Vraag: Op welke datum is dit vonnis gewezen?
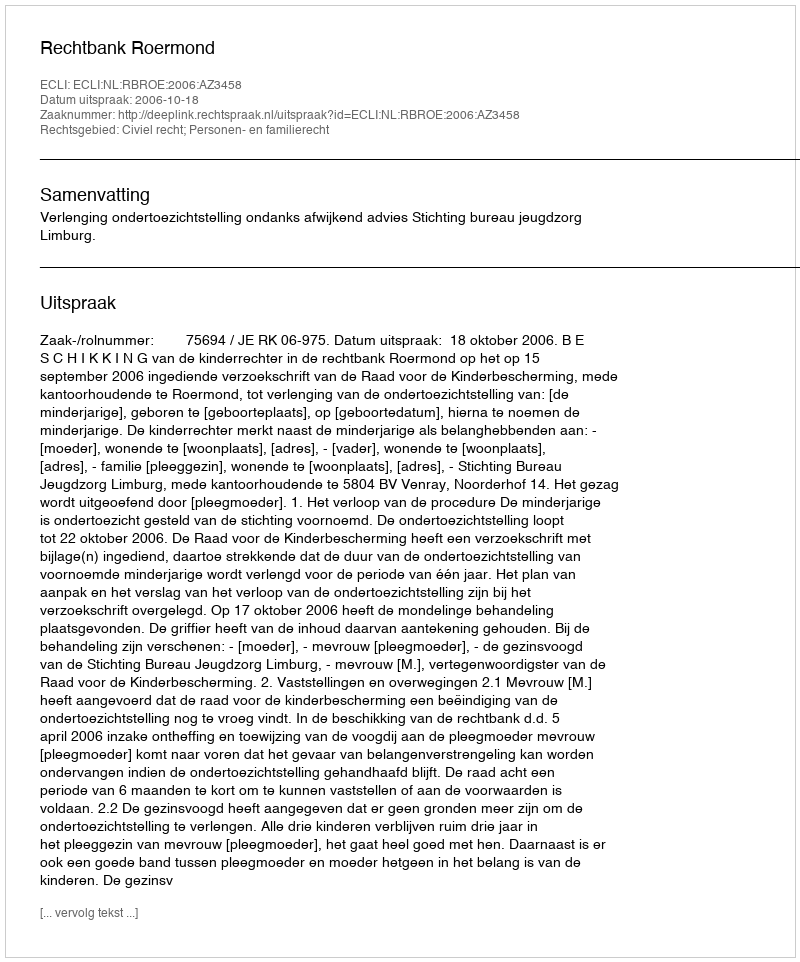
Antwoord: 2006-10-18